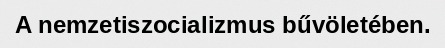
A nemzetiszocializmus bűvöletében.